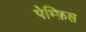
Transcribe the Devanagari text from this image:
पेम्फ़िस